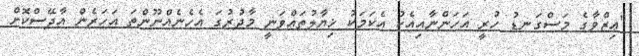
"ޢިޒްވާގެ މަސްގަނޑު ހުރީ އަހަންނާއިއެކު އެކަމަކު ޚިޔާލުތައްވަނީ މާދުރުގަ އެހެނެއްނޫންތަ އަހަރެން އާދޭސްކޮށް